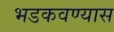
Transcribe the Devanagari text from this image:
भडकवण्यास